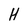
Character: H